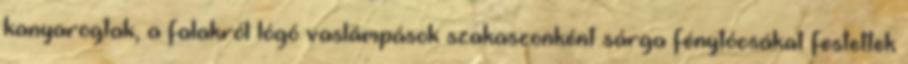
kanyarogtak, a falakról lógó vaslámpások szakaszonként sárga fénytócsákat festettek